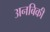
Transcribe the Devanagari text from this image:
अनबिकी